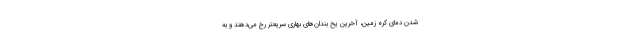
شدن دمای کره زمین، آخرین یخ بندان‌های بهاری سریعتر رخ می‌دهند و به